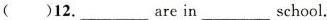
()12. ___ are in ___ school.